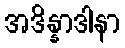
အဒိန္နာဒါနာ